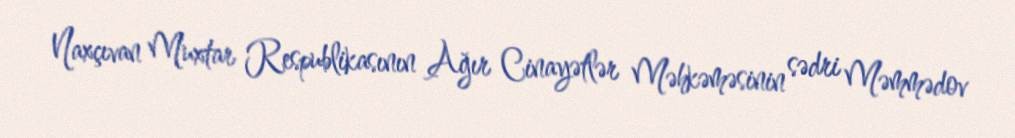
Naxçıvan Muxtar Respublikasının Ağır Cinayətlər Məhkəməsinin sədri Məmmədov